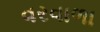
વરવાળા